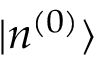
| n ^ { ( 0 ) } \rangle